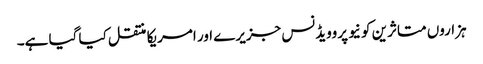
ہزاروں متاثرین کو نیو پروویڈنس جزیرے اور امریکا منتقل کیا گیا ہے۔